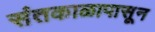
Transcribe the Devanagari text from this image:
संतकाळापासून